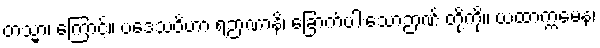
တသ္မာ၊ ကြောင့်။ ပဒေသဝိဟာ ရဉာဏာနိ၊ ခြောက်ပါးသောဉာဏ် တို့ကို။ ယထာက္ကမေန၊